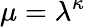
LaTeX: \mu=\lambda^{\kappa}